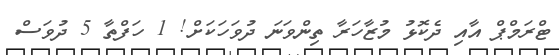
ޓްރަމްޕް އާއި ދެކޮޅު މުޒާހަރާ ތިންވަނަ ދުވަހަކަށް! 1 ހަފްތާ 5 ދުވަސް